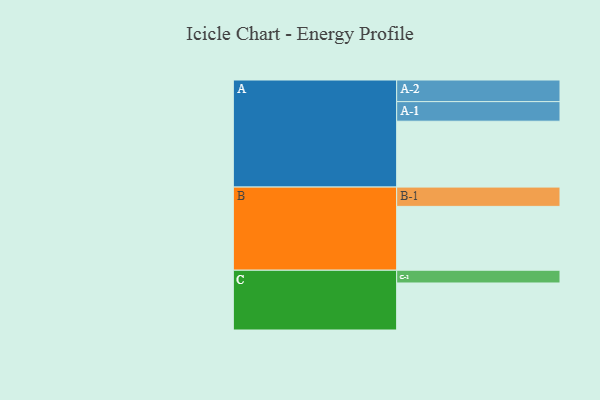
{"axis": {"x": "Segment", "y": "Value"}, "legend": ["", "A", "B", "C"], "data": [{"x": "A", "y": 454, "type": ""}, {"x": "B", "y": 440, "type": ""}, {"x": "C", "y": 324, "type": ""}, {"x": "A-1", "y": 135, "type": "A"}, {"x": "A-2", "y": 149, "type": "A"}, {"x": "B-1", "y": 133, "type": "B"}, {"x": "C-1", "y": 88, "type": "C"}]}